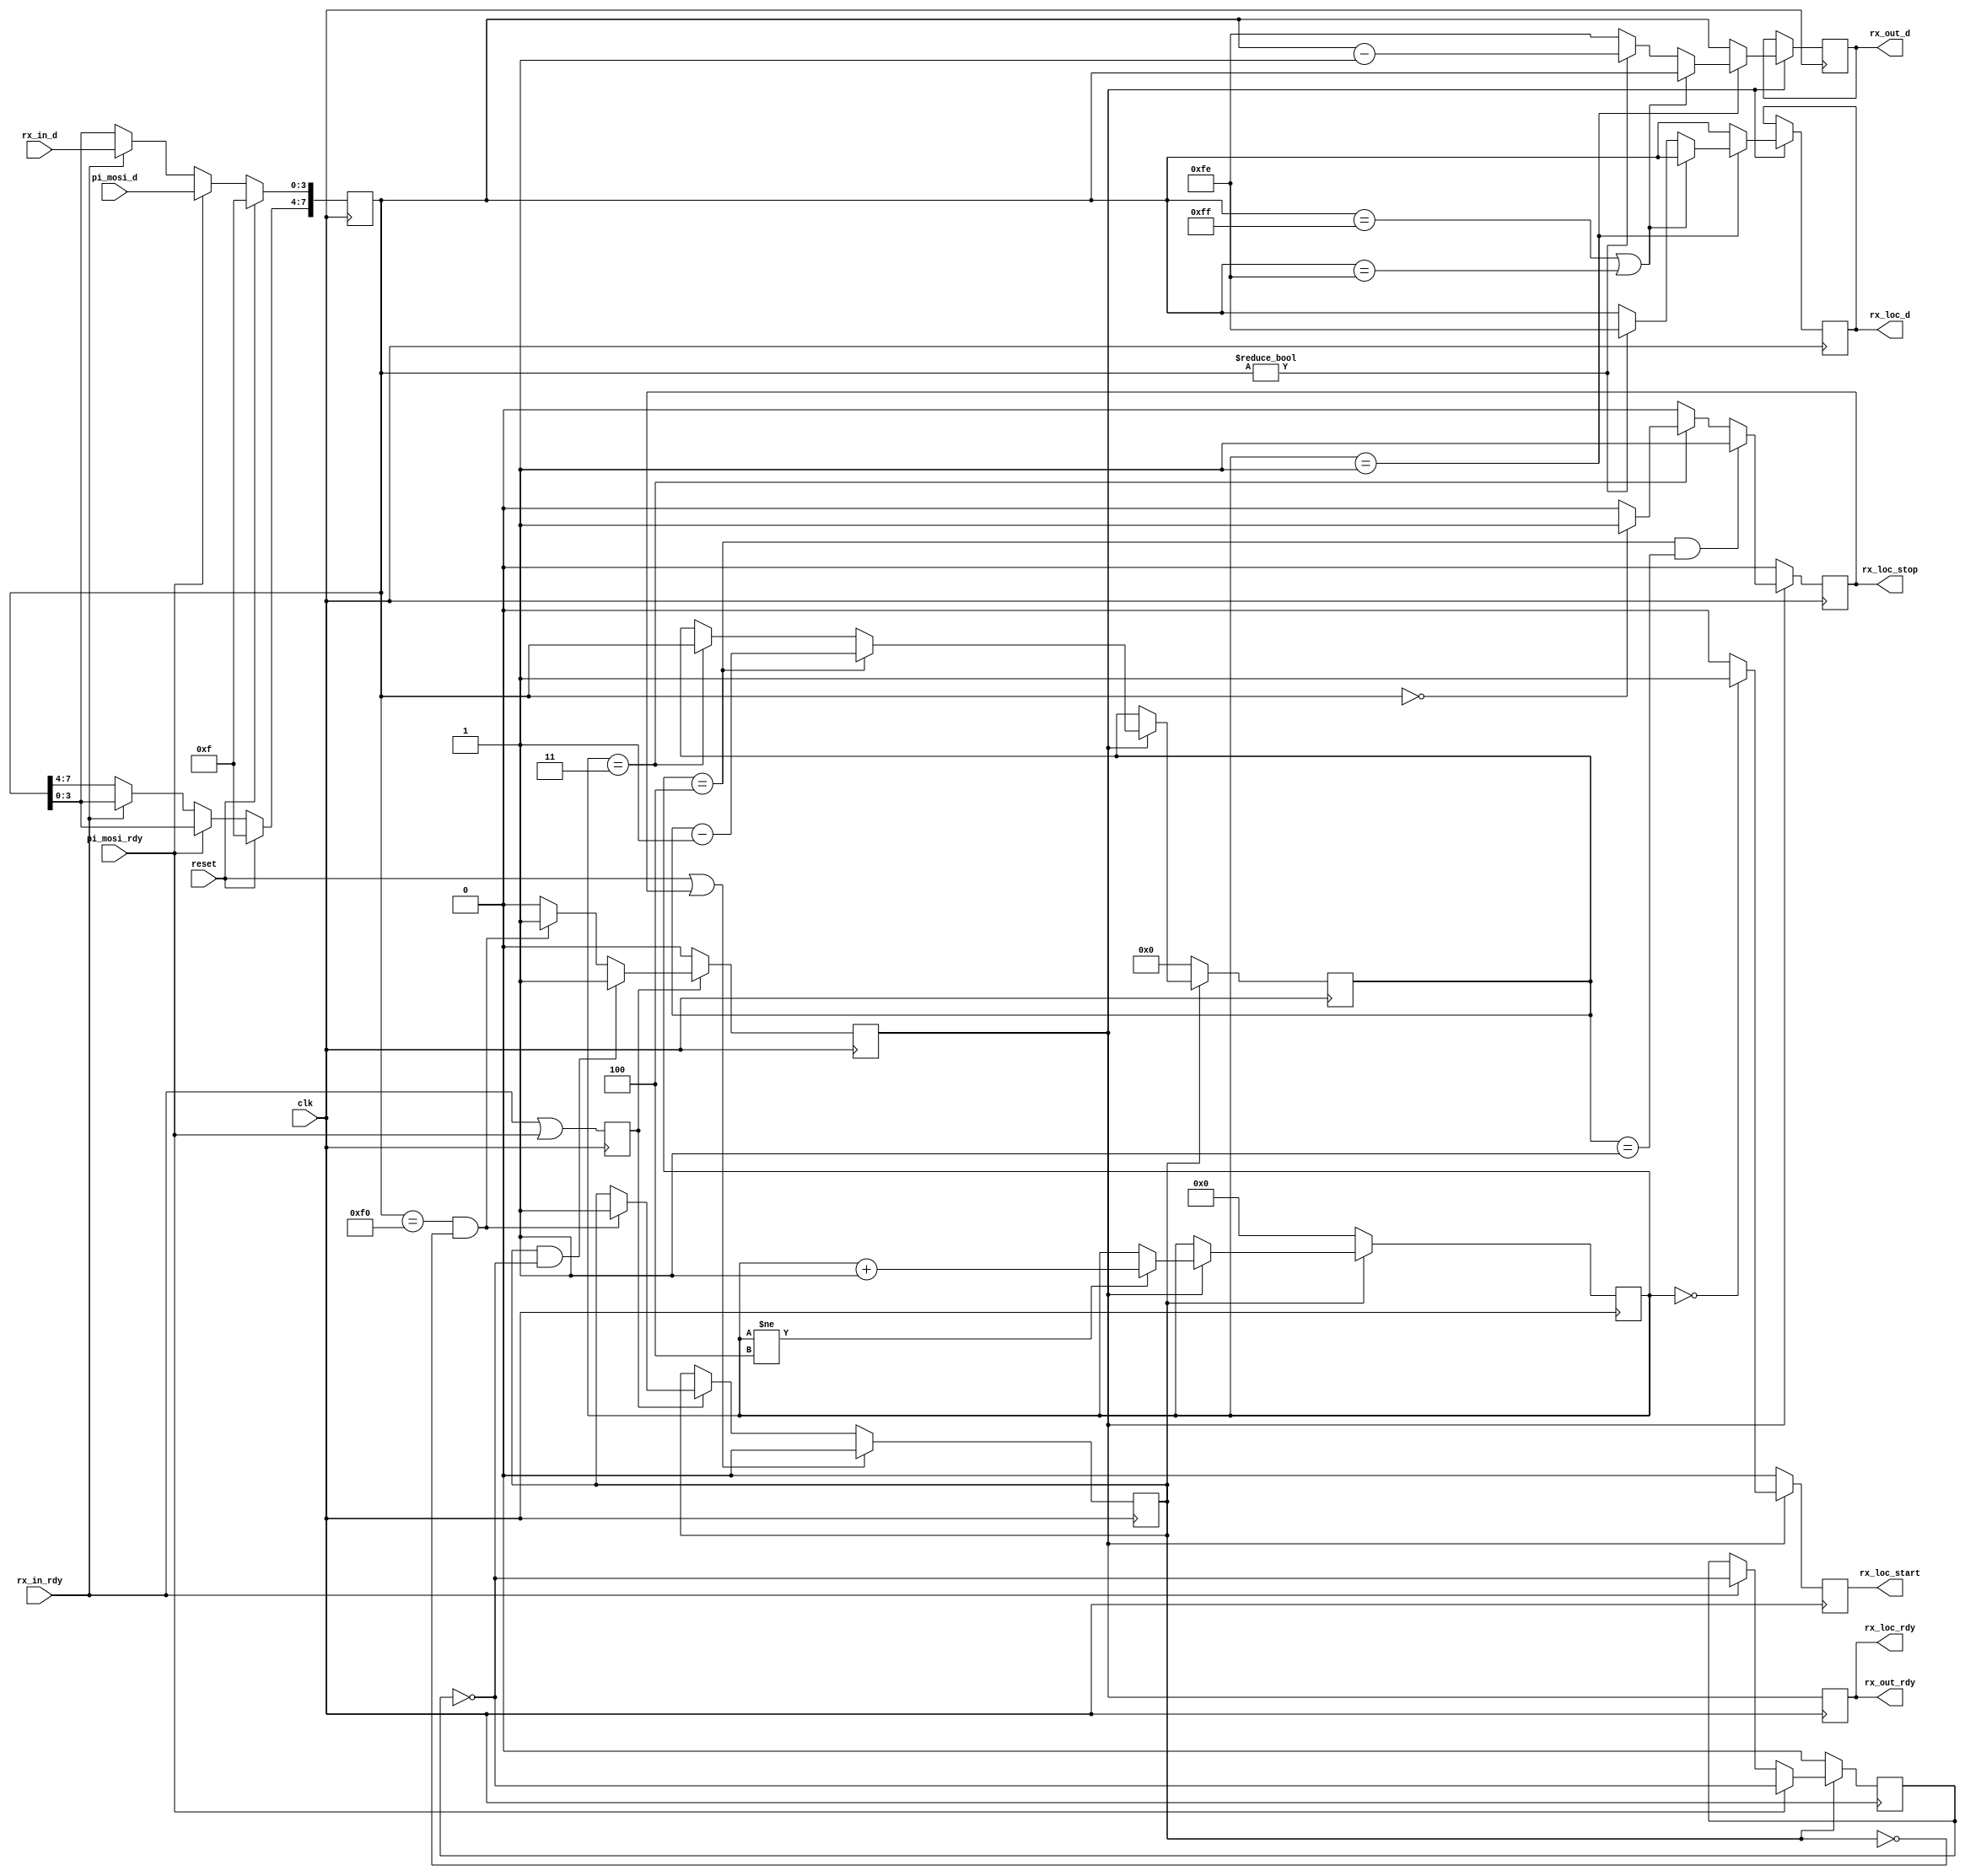
/* ****************************************************************************
-- (C) Copyright 2015 Kevin M. Hubbard @ Black Mesa Labs
-- Source file: mesa_decode.v                
-- Date:        October 4, 2015   
-- Author:      khubbard
-- Language:    Verilog-2001 
-- Description: The Mesa Bus decoder. Mesa Bus is a byte-pipe much like a 
--              8b10b SERDES pipe. It supports sending packetized streams of
--              serialized bytes to multiple targets on a single serial bus.
--              This implementation uses UART serial, but the protocol is 
--              portable and may be used over SERDES or a synchronous bit,
--              nibble or byte wide streams. 
--              This block decodes packets and routes them to both
--              dowstream slots and the internal sub-slots for this slot.
-- License:     This project is licensed with the CERN Open Hardware Licence
--              v1.2.  You may redistribute and modify this project under the
--              terms of the CERN OHL v.1.2. (http://ohwr.org/cernohl).
--              This project is distributed WITHOUT ANY EXPRESS OR IMPLIED
--              WARRANTY, INCLUDING OF MERCHANTABILITY, SATISFACTORY QUALITY
--              AND FITNESS FOR A PARTICULAR PURPOSE. Please see the CERN OHL
--              v.1.2 for applicable Conditions.
--
-- Example:
--    .."FF".."FF"."F0123401[56]" : 
--        0xFF = Bus Idle ( NULLs )
--  B0    0xF0 = New Bus Cycle to begin ( Nibble and bit orientation )
--  B1    0x12 = Slot Number, 0xFF = Broadcast all slots, 0xFE = NULL Dest
--  B2    0x3  = Sub-Slot within the chip (0-0xF)
--        0x4  = Command Nibble for Sub-Slot ( Specific to that SubSlot )
--  B3    0x01 = Number of Payload Bytes (0-255)
--        0x56 = The Payload ( 1 Byte in this example, up to 255 total )
--
--   Slot Numbering 0x00-0xFF:
--     0x00 - 0xFD : Physical Slots 0-253
--     0xF0 - 0xFD : Reserved
--     0xFE        : Nobody slot ( NULL )
--     0xFF        : Broadcast to 0x00-0xEF
--
--   SubSlot Numbering 0x0-0xF:
--     0x0 - 0x7   : User SubSlots ( 0x0 is nominally a 32bit PCI local bus )
--                    0x0 = LB Bus Write
--                    0x1 = LB Bus Read
--                    0x2 = LB Bus Write Repeat ( same address )
--                    0x3 = LB Bus Read Repeat  ( same address )
--     0x8 - 0xB   : Scope Probe CH1-CH4 Mux Selects
--                    0x0 - 0xF : 1 of 16 signal sets to observe. 0x0 nom OFF
--     0xE         : FPGA PROM Access
--                   Commands:
--                    0x0 = LB Bus Write
--                    0x1 = LB Bus Read
--                    0x2 = LB Bus Write Repeat ( same address )
--                    0x3 = LB Bus Read Repeat  ( same address )
--     0xF         :  Mesa Control : Power and Pin Control
--                    Commands:
--
--                    0x0 = Ro pin is MesaBus Ro Readback     ( Default )
--                    0x1 = Ro pin is MesaBus Wi loopback
--                    0x2 = Ro pin is MesaBus Interrupt
--                    0x3 = Ro pin is user defined output function
--                    0x4 = Ri pin is MesaBus Input           ( Default )
--                    0x5 = Ri pin is disabled
--                    0x6 = Wo pin is MesaBus Output          ( Default )
--                    0x7 = Wo pin is disabled
--
--                    0x8 = RESERVED
--                    0x9 = RESERVED
--                    0xA = Report Device ID
--                    0xB = Reset Core 
--                    0xC = Clear Baud Lock
--                    0xD = Power Off     - Clock Trees Disabled
--                    0xE = Boot to Slot-1 Bootloader (Default)
--                    0xF = Boot to Slot-2 User Image
--
-- Revision History:
-- Ver#  When      Who      What
-- ----  --------  -------- ---------------------------------------------------
-- 0.1   10.04.15  khubbard Creation
-- ***************************************************************************/
//`default_nettype none // Strictly enforce all nets to be declared
                                                                                
module mesa_decode
(
  input  wire         clk,
  input  wire         reset,
  input  wire [3:0]   rx_in_d,
  input  wire         rx_in_rdy,
  input  wire [3:0]   pi_mosi_d,
  input  wire         pi_mosi_rdy,
  output wire [7:0]   rx_out_d,
  output wire         rx_out_rdy,
  output wire [7:0]   rx_loc_d,
  output wire         rx_loc_rdy,
  output wire         rx_loc_start,
  output wire         rx_loc_stop
); // module mesa_decode


  reg           lbracket_jk;
  reg           passthru_jk;
  reg           broadcst_jk;
  reg           payload_jk;
  reg           process_jk;

  reg           packet_jk;
  reg           packet_jk_p1;
  reg [7:0]     byte_sr;
  reg           byte_pingpong;
  reg           rx_in_rdy_p1;
  reg           byte_rdy;
  reg           byte_rdy_p1;
  reg [3:0]     byte_cnt;
  reg [7:0]     byte_loc;
  reg [7:0]     byte_out;
  reg [7:0]     payload_cnt;
  reg           packet_done;

  reg           loc_start;
  reg [7:0]     loc_slot;
  reg [3:0]     loc_subslot;
  reg [3:0]     loc_command;
  reg [7:0]     loc_payload;

  assign rx_out_d     = byte_out[7:0];
  assign rx_out_rdy   = byte_rdy_p1;
  assign rx_loc_d     = byte_loc[7:0];
  assign rx_loc_rdy   = byte_rdy_p1;
  assign rx_loc_start = loc_start;
  assign rx_loc_stop  = packet_done;


//-----------------------------------------------------------------------------
// Shift a nibble into a byte shift register.  The 1st 0xF0 received when NOT
// currently in a packet determines the phasing for byte within nibble stream.
//-----------------------------------------------------------------------------
always @ ( posedge clk ) begin : proc_nib_in 
 rx_in_rdy_p1  <= rx_in_rdy | pi_mosi_rdy;
 if ( rx_in_rdy == 1 ) begin
   byte_sr[7:4]  <= byte_sr[3:0];
   byte_sr[3:0]  <= rx_in_d[3:0];
   byte_pingpong <= ~ byte_pingpong;
 end

 if ( pi_mosi_rdy == 1 ) begin
   byte_sr[7:4]  <= byte_sr[3:0];
   byte_sr[3:0]  <= pi_mosi_d[3:0];
   byte_pingpong <= ~ byte_pingpong;
 end

 if ( packet_jk == 0 ) begin
   byte_pingpong <= 0;
 end
 if ( reset == 1 ) begin
   byte_sr[7:0]  <= 8'hFF;
 end
end


//-----------------------------------------------------------------------------
// Decode and direct : Packet begins on a 0xF0 byte - which provides for both 
// bit and nibble alignment as bus sits idle at 0xFF.
//-----------------------------------------------------------------------------
always @ ( posedge clk ) begin : proc_byte_in 
 byte_rdy     <= 0;
 packet_jk_p1 <= packet_jk;

 if ( rx_in_rdy_p1 == 1 ) begin
   if ( byte_sr == 8'hF0 && packet_jk == 0 ) begin
     packet_jk <= 1;
     byte_rdy  <= 1;
   end
   if ( packet_jk == 1 && byte_pingpong == 0 ) begin
     byte_rdy <= 1;
   end
 end

 if ( reset == 1 || packet_done == 1 ) begin
   packet_jk <= 0;
 end
end // proc_byte_in


//-----------------------------------------------------------------------------
//              B0 B1   B2               B3
//  0xFF,0xFF,0xF0,Slot,Sub-Slot+Command,Payload_Len,{ payload },
//
// A Packet is a 4-byte header followed by an optional n-Byte Payload.
// The Byte after the 1st 0xF0 determines the destination slot.
//   slot 0xFF is broadcast and is forwarded untouched as 0xFF.
//   slot 0xFE is null and is forwarded untouched as 0xFE.
//   slot 0x00 is for this slot and is forwarded as 0xFE.
//   slot 0x01-0xFD is decremented by 1 and forwarded
// The 4th Byte determines the length of the payload. If 0, the packet is done.
// otherwise, packet continues for n-Bytes to deliver the payload. A 0xF0 
// following a completed packet indicates start of next packet.
//-----------------------------------------------------------------------------
always @ ( posedge clk ) begin : proc_header
 byte_rdy_p1 <= byte_rdy;
 packet_done <= 0;
 loc_start   <= 0;
 if ( byte_rdy == 1 ) begin
   // Count the Packet Header Bytes from 1-4 and stop
   if ( byte_cnt != 4'h4 ) begin
     byte_cnt <= byte_cnt + 1;
   end
   if ( byte_cnt == 4'h3 ) begin
     payload_cnt <= byte_sr[7:0];
     if ( byte_sr == 8'd0 ) begin
       packet_done <= 1;// No Payload - done immediately
     end
   end
   if ( byte_cnt == 4'h4 ) begin
     payload_cnt <= payload_cnt - 1;
   end
   if ( byte_cnt == 4'h4 && payload_cnt == 8'd1 ) begin
     packet_done <= 1;
   end

   if ( byte_cnt == 4'h0 ) begin
    loc_start <= 1;
   end
   if ( byte_cnt == 4'h1 ) begin
    loc_slot <= byte_sr[7:0];
   end
   if ( byte_cnt == 4'h2 ) begin
    loc_subslot <= byte_sr[7:4];
    loc_command <= byte_sr[3:0];
   end
   if ( byte_cnt == 4'h3 ) begin
    loc_payload <= byte_sr[7:0];
   end

   // Decode the Slot Number, Decrement when needed. Route to Local and Ext
   if ( byte_cnt == 4'h1 ) begin
     if ( byte_sr == 8'hFF ||
          byte_sr == 8'hFE ) begin
       byte_loc <= byte_sr[7:0];// 0xFF Broadcast and 0xFE null go to everybody
       byte_out <= byte_sr[7:0];
     end else if ( byte_sr != 8'h00 ) begin
       byte_loc <= 8'hFE;
       byte_out <= byte_sr[7:0] - 1;// Decrement the Slot Number as non-zero
     end else begin
       byte_loc <= byte_sr[7:0];// Slot Number is 0x00, so this slot gets it
       byte_out <= 8'hFE;       // Downstream slots get 0xFE instead
     end
   end else begin
     byte_loc <= byte_sr[7:0];
     byte_out <= byte_sr[7:0];
   end
 end // if ( byte_rdy == 1 ) begin

 if ( packet_jk == 0 ) begin
   byte_cnt    <= 4'd0;
   payload_cnt <= 8'd0;
 end
end // proc_header


endmodule // mesa_decode